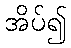
အိပ်၍